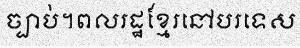
ច្បាប់។ពលរដ្ឋខ្មែរនៅបរទេស